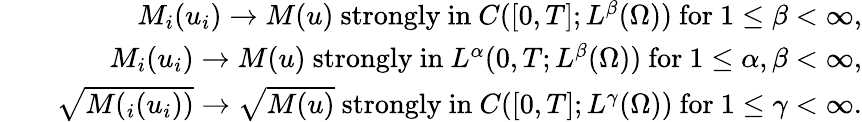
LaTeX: \begin{array}{rlr}&{}&{M_{i}(u_{i})\rightarrow M(u)\mathrm{~strongly~in~}C([0,T];L^{\beta}(\Omega))\mathrm{~for~}1\leq\beta<\infty,}\\ &{}&{M_{i}(u_{i})\rightarrow M(u)\mathrm{~strongly~in~}L^{\alpha}(0,T;L^{\beta}(\Omega))\mathrm{~for~}1\leq\alpha,\beta<\infty,}\\ &{}&{\sqrt{M(_{i}(u_{i}))}\rightarrow\sqrt{M(u)}\mathrm{~strongly~in~}C([0,T];L^{\gamma}(\Omega))\mathrm{~for~}1\leq\gamma<\infty.}\end{array}